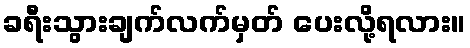
ခရီးသွားချက်လက်မှတ် ပေးလို့ရလား။